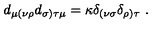
d _ { \mu ( \nu \rho } d _ { \sigma ) \tau \mu } = \kappa \delta _ { ( \nu \sigma } \delta _ { \rho ) \tau } \ .